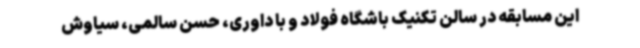
این مسابقه در سالن تکنیک باشگاه فولاد و با داوری، حسن سالمی، سیاوش